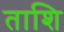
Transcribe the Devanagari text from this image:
ताशि